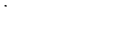
.